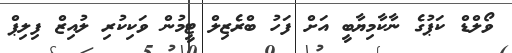
ވޯލްޑް ކަޕުގެ ނާކާމިޔާބީ އަށް ފަހު ބްރެޒިލް ޓީމުން ވަކިކުރި ލުއިޒް ފިލިޕް